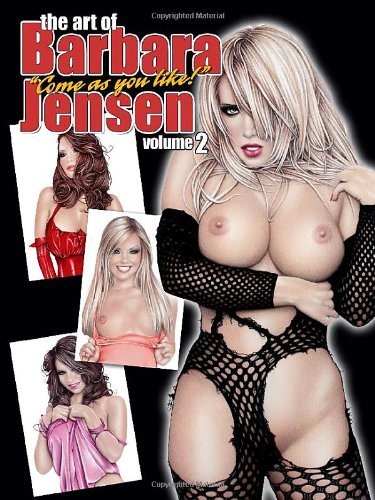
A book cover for The Art of Barbara Jensen Vol. 2: Clothing Optional; Barbara Jensen; Comics & Graphic Novels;